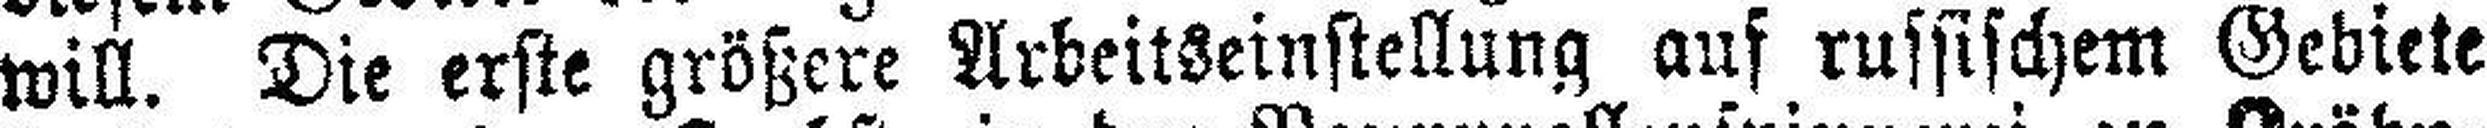
will. Die erste größere Arbeitseinstellung auf russischem Gebiete